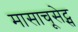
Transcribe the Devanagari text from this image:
मासाचूसेट्स